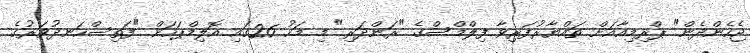
ޖެހެންދެން" ޕްރިމިއާއަށް ތައްޔާރުފަރިވާ ފިލްމްސްގެ "ރަންދަރި" މި މަހު 26ގައި އޮލިމްޕަހަށް "ފަތިސްހަނދުވަރުގެ